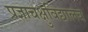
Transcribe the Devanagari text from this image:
प्रज्ञाचक्षुविद्यालय